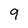
Character: 9